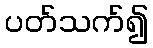
ပတ်သက်၍